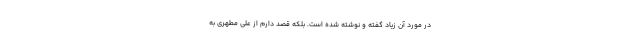
در مورد آن زیاد گفته و نوشته شده است. بلکه قصد دارم از علی مطهری به